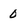
Character: 0